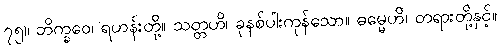
၇၅။ ဘိက္ခဝေ၊ ရဟန်းတို့။ သတ္တဟိ၊ ခုနစ်ပါးကုန်သော။ ဓမ္မေဟိ၊ တရားတို့နှင့်။